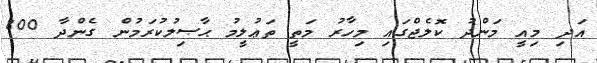
އަދި މިއީ މަންދު ކޮލެޖްގައި މިހާރު މަތީ ތަޢުލީމު ޙާޞިލުކުރަމުން ގެންދާ 800